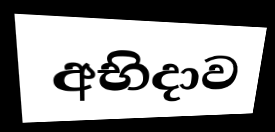
අභිදාව